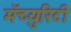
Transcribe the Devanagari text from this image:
मॅच्युरिटी